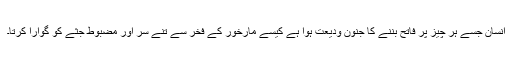
انسان جسے ہر چیز پر فاتح بننے کا جنون ودیعت ہوا ہے کیسے مارخور کے فخر سے تنے سر اور مضبوط جثے کو گوارا کرتا۔